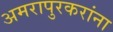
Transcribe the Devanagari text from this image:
अमरापुरकरांना